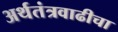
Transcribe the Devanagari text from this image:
अर्थतंत्रवाढीचा